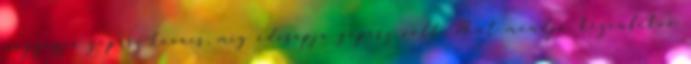
nagyapja gépész-kovács, míg édesapja gépész volt. Mint mondja, kézenfekvô